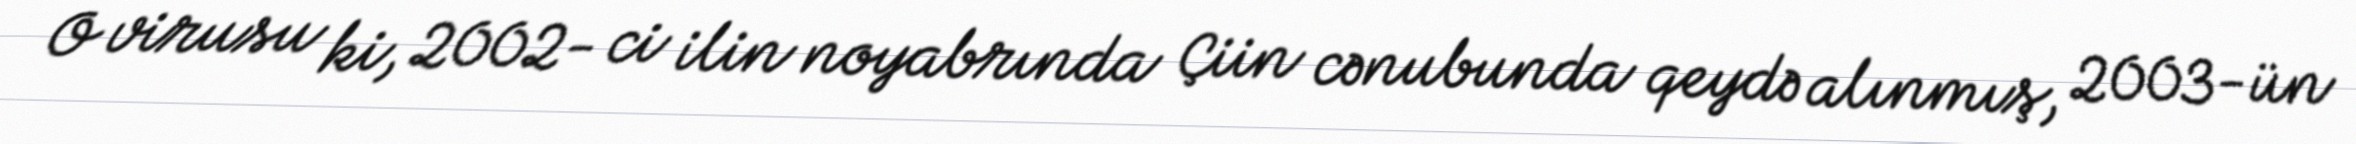
O virusu ki, 2002- ci ilin noyabrında Çiin cənubunda qeydə alınmış, 2003-ün